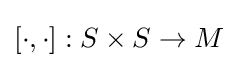
[\cdot ,\cdot ]:S\times S\rightarrow M